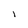
Character: 1